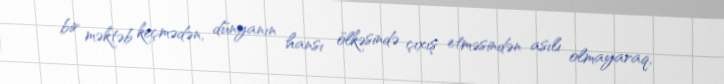
bir məktəb keçmədən, dünyanın hansı ölkəsində çıxış etməsindən asılı olmayaraq,